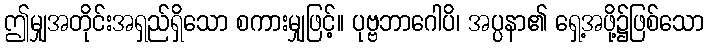
ဤမျှအတိုင်းအရှည်ရှိသော စကားမျှဖြင့်။ ပုဗ္ဗဘာဂေါပိ၊ အပ္ပနာ၏ ရှေ့အဖို့၌ဖြစ်သော